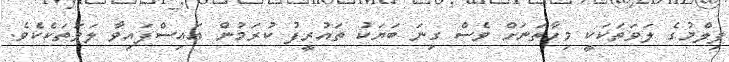
ފިލްމުގެ ލަވަތަކަކީ މިހާތަނަށް ވެސް ގިނަ ބަޔަކު ތައުރީފު ކުރަމުން އައިސްފައިވާ ލަވަތަކެކެވެ.